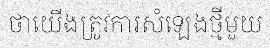
ថាយើងត្រូវការសំឡេងថ្មីមួយ